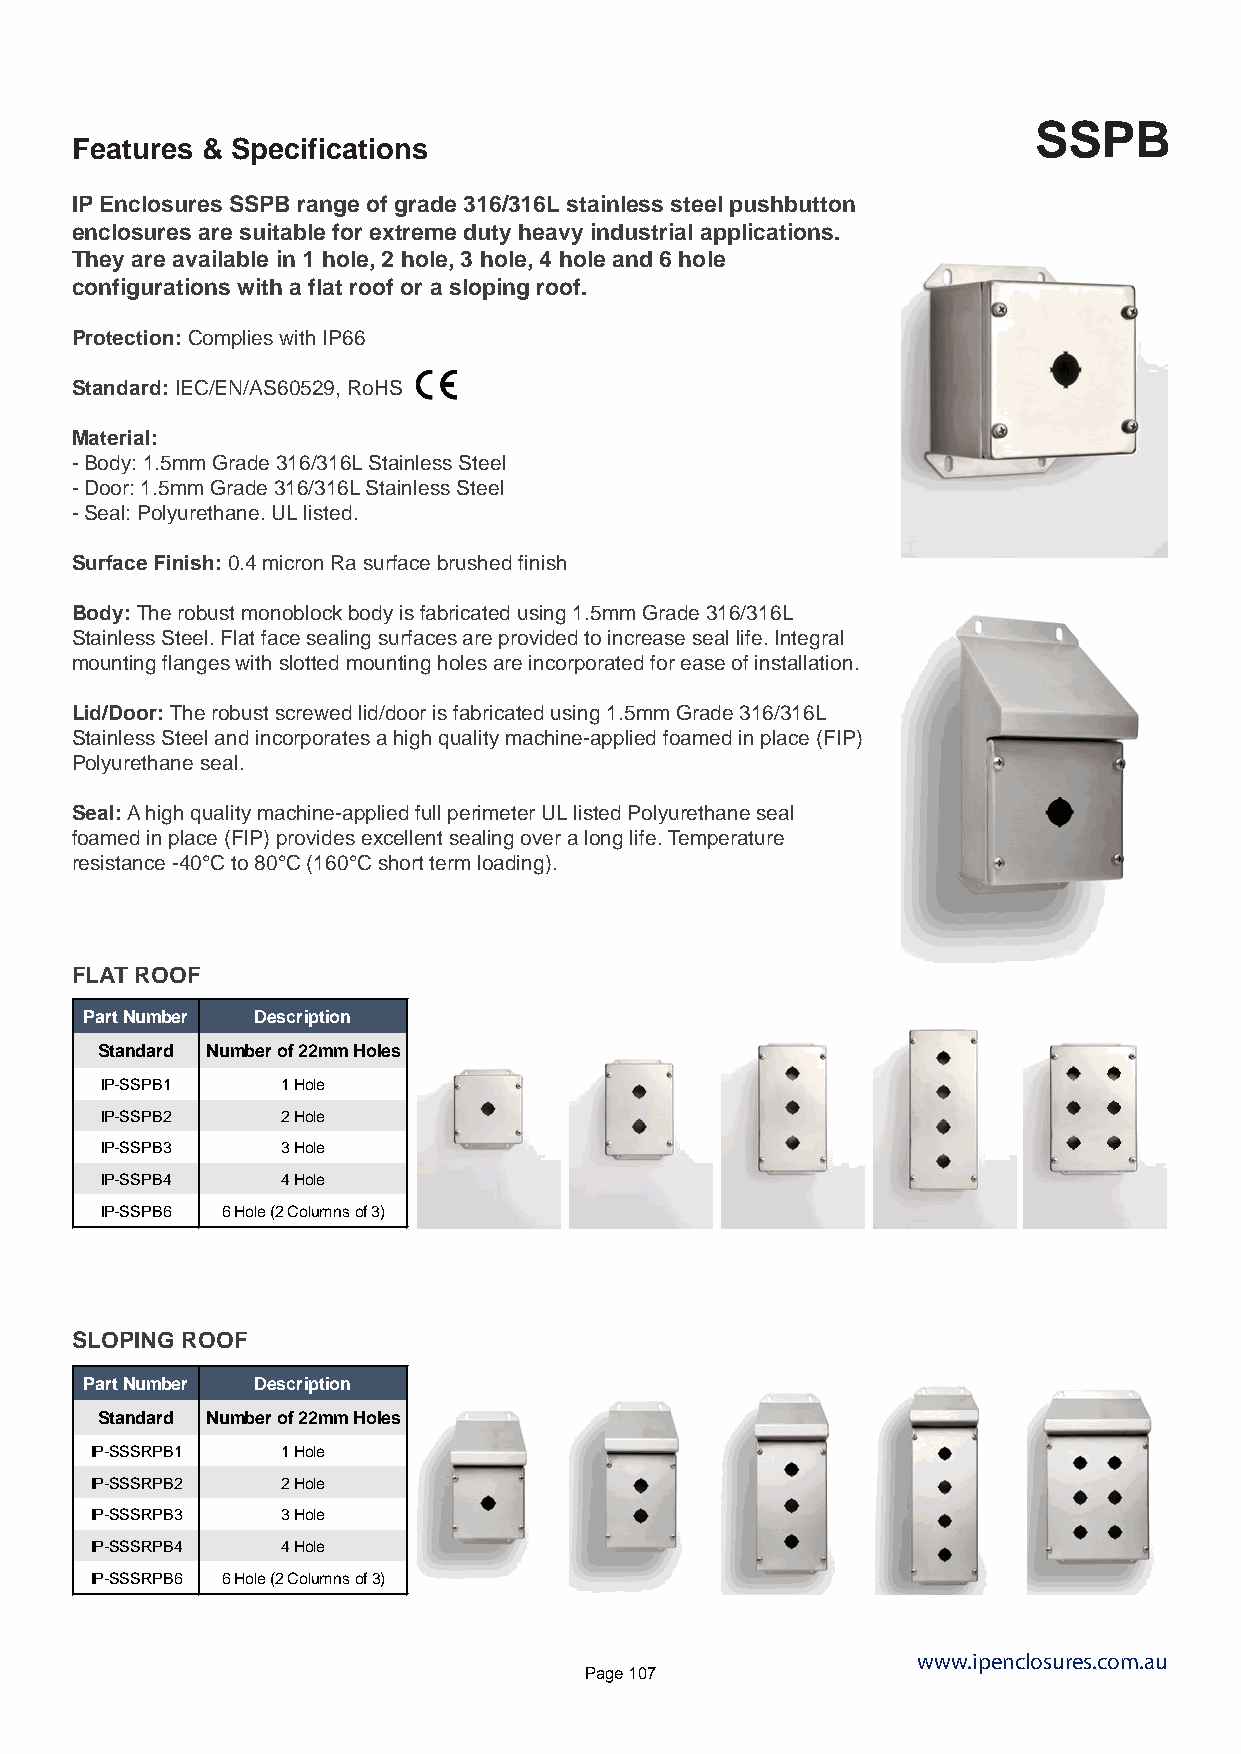
SSPB
 Features & Specifications
 IP Enclosures SSPB range of grade 316/316L stainless steel pushbutton
 enclosures are suitable for extreme duty heavy industrial applications.
 They are available in 1 hole, 2 hole, 3 hole, 4 hole and 6 hole
 configurations with a flat roof or a sloping roof.
 Protection: Complies with IP66
 Standard: IEC/EN/AS60529, RoHS
 Material:
 - Body: 1.5mm Grade 316/316L Stainless Steel
 - Door: 1.5mm Grade 316/316L Stainless Steel
 - Seal: Polyurethane. UL listed.
 Surface Finish: 0.4 micron Ra surface brushed finish
 Body: The robust monoblock body is fabricated using 1.5mm Grade 316/316L
 Stainless Steel. Flat face sealing surfaces are provided to increase seal life. Integral
 mounting flanges with slotted mounting holes are incorporated for ease of installation.
 Lid/Door: The robust screwed lid/door is fabricated using 1.5mm Grade 316/316L
 Stainless Steel and incorporates a high quality machine-applied foamed in place (FIP)
 Polyurethane seal.
 Seal: A high quality machine-applied full perimeter UL listed Polyurethane seal
 foamed in place (FIP) provides excellent sealing over a long life. Temperature
 resistance -40°C to 80°C (160°C short term loading).
 FLAT ROOF
 Part Number Description
 Standard Number of 22mm Holes
 IP-SSPB1    1 Hole
 IP-SSPB2    2 Hole
 IP-SSPB3    3 Hole
 IP-SSPB4    4 Hole
 IP-SSPB6 6 Hole (2 Columns of 3)
 SLOPING ROOF
 Part Number Description
 Standard Number of 22mm Holes
 IP-SSSRPB1   1 Hole
 IP-SSSRPB2   2 Hole
 IP-SSSRPB3   3 Hole
 IP-SSSRPB4   4 Hole
 IP-SSSRPB6 6 Hole (2 Columns of 3)
 www.ipenclosures.com.au
 Page 107